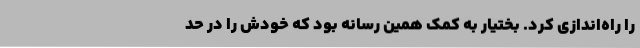
را راه‌اندازی کرد. بختیار به کمک همین رسانه بود که خودش را در حد